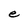
Character: e